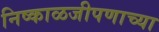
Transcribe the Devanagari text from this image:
निष्काळजीपणाच्या